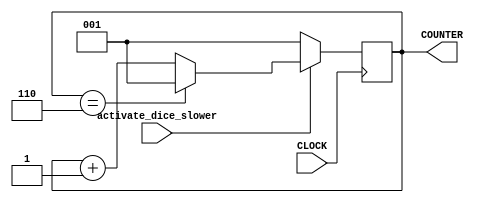
`timescale 1ns / 1ps
//////////////////////////////////////////////////////////////////////////////////
// Company: 
// Engineer: 
// 
// Design Name: 
// Module Name: counterFiveHz
// Project Name: 
// Target Devices: 
// Tool Versions: 
// Description: 
// 
// Dependencies: 
// 
// Revision:
// Revision 0.01 - File Created
// Additional Comments:
// 
//////////////////////////////////////////////////////////////////////////////////


module counterFiveHz(
    input CLOCK,
    input activate_dice_slower,
    output reg [2:0] COUNTER = 1
    );
    
    always @ (posedge CLOCK) begin
    
        if(activate_dice_slower == 1) begin
        
            COUNTER <= (COUNTER == 6) ? 1 : COUNTER + 1; 
        
        end
        
        else begin
        
            COUNTER <= 1;
        
        end    
    end
    
endmodule